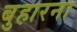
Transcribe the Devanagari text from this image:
बुहारना